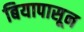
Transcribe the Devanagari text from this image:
बियापासून